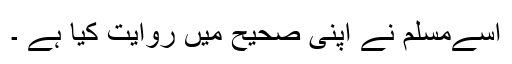
اسےمسلم نے اپنی صحيح ميں روايت كيا ہے ۔